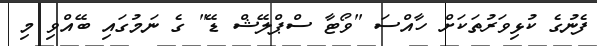
ފެނުގެ ކުޅިވަރުތަކަށް ހާއްސަ "ވޯޓާ ސްޕްލޭޝް ޑޭ" ގެ ނަމުގައި ބޭއްވި މި